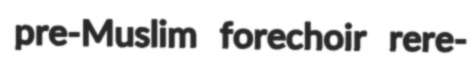
pre-Muslim forechoir rere-